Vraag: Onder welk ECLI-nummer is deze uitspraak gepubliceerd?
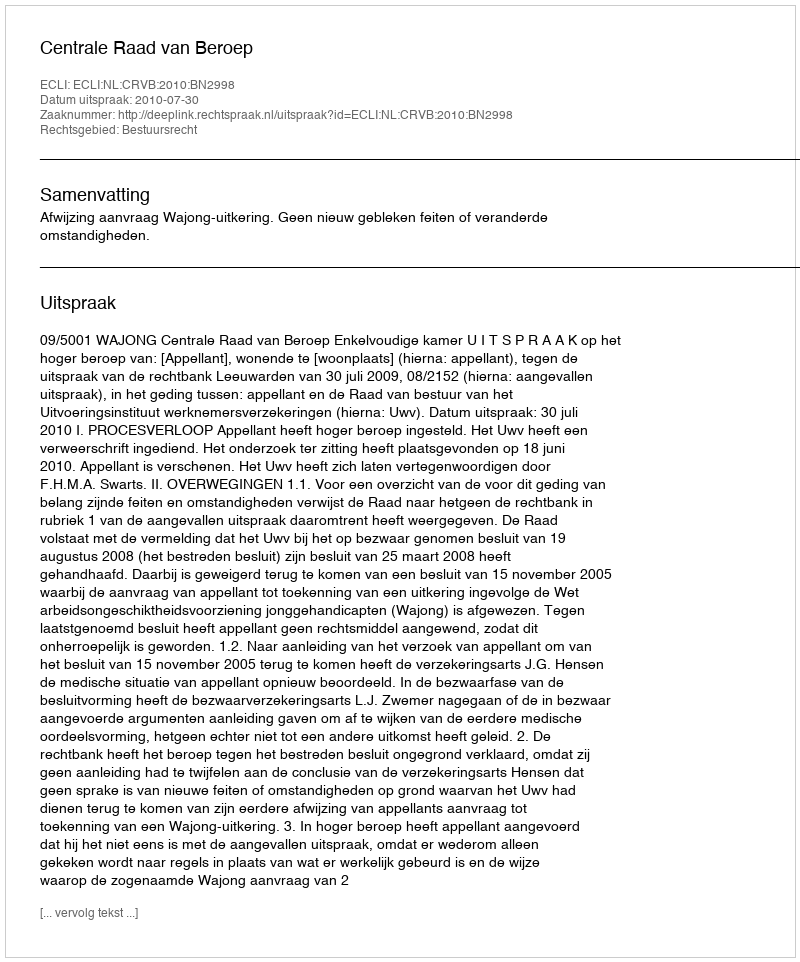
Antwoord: ECLI:NL:CRVB:2010:BN2998